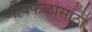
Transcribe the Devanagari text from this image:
जायफळासाठी